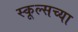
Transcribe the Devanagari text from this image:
स्कूल्सच्या